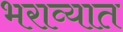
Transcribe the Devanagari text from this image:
भराव्यात